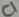
Text: C1